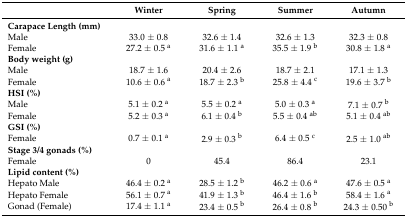
<table><thead><tr><td></td><td><b>Winter</b></td><td><b>Spring</b></td><td><b>Summer</b></td><td><b>Autumn</b></td></tr></thead><tbody><tr><td><b>Carapace Length (mm)</b></td><td></td><td></td><td></td><td></td></tr><tr><td>Male</td><td>33.0 ± 0.8</td><td>32.6 ± 1.4</td><td>32.6 ± 1.3</td><td>32.3 ± 0.8</td></tr><tr><td>Female</td><td>27.2 ± 0.5 <sup>a</sup></td><td>31.6 ± 1.1 <sup>a</sup></td><td>35.5 ± 1.9 <sup>b</sup></td><td>30.8 ± 1.8 <sup>a</sup></td></tr><tr><td><b>Body weight (g)</b></td><td></td><td></td><td></td><td></td></tr><tr><td>Male</td><td>18.7 ± 1.6</td><td>20.4 ± 2.6</td><td>18.7 ± 2.1</td><td>17.1 ± 1.3</td></tr><tr><td>Female</td><td>10.6 ± 0.6 <sup>a</sup></td><td>18.7 ± 2.3 <sup>b</sup></td><td>25.8 ± 4.4 <sup>c</sup></td><td>19.6 ± 3.7 <sup>b</sup></td></tr><tr><td><b>HSI (%)</b></td><td></td><td></td><td></td><td></td></tr><tr><td>Male</td><td>5.1 ± 0.2 <sup>a</sup></td><td>5.5 ± 0.2 <sup>a</sup></td><td>5.0 ± 0.3 <sup>a</sup></td><td>7.1 ± 0.7 <sup>b</sup></td></tr><tr><td>Female</td><td>5.2 ± 0.3 <sup>a</sup></td><td>6.1 ± 0.4 <sup>b</sup></td><td>5.5 ± 0.4 <sup>ab</sup></td><td>5.1 ± 0.4 <sup>ab</sup></td></tr><tr><td><b>GSI (%)</b></td><td></td><td></td><td></td><td></td></tr><tr><td>Female</td><td>0.7 ± 0.1 <sup>a</sup></td><td>2.9 ± 0.3 <sup>b</sup></td><td>6.4 ± 0.5 <sup>c</sup></td><td>2.5 ± 1.0 <sup>ab</sup></td></tr><tr><td><b>Stage 3/4 gonads (%)</b></td><td></td><td></td><td></td><td></td></tr><tr><td>Female</td><td>0</td><td>45.4</td><td>86.4</td><td>23.1</td></tr><tr><td><b>Lipid content (%)</b></td><td></td><td></td><td></td><td></td></tr><tr><td>Hepato Male</td><td>46.4 ± 0.2 <sup>a</sup></td><td>28.5 ± 1.2 <sup>b</sup></td><td>46.2 ± 0.6 <sup>a</sup></td><td>47.6 ± 0.5 <sup>a</sup></td></tr><tr><td>Hepato Female</td><td>56.1 ± 0.7 <sup>a</sup></td><td>41.9 ± 1.3 <sup>b</sup></td><td>46.4 ± 1.6 <sup>b</sup></td><td>58.4 ± 1.6 <sup>a</sup></td></tr><tr><td>Gonad (Female)</td><td>17.4 ± 1.1 <sup>a</sup></td><td>23.4 ± 0.5 <sup>b</sup></td><td>26.4 ± 0.8 <sup>b</sup></td><td>24.3 ± 0.50 <sup>b</sup></td></tr></tbody></table>